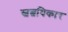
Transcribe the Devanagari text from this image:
स्वत्वधिकार